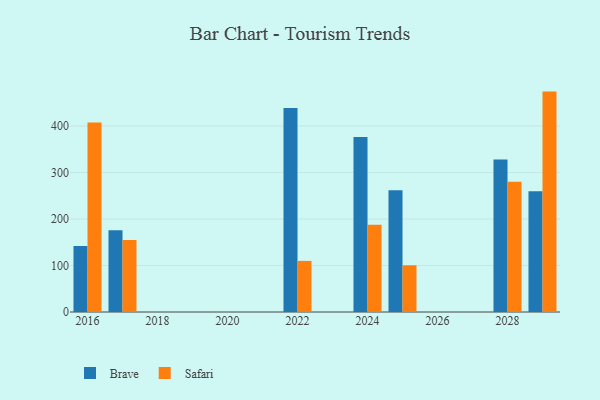
{"axis": {"x": "Year", "y": "Churn Rate (%)"}, "legend": ["Brave", "Safari"], "data": [{"x": "2025", "y": 261.6, "type": "Brave"}, {"x": "2025", "y": 100.5, "type": "Safari"}, {"x": "2017", "y": 175.9, "type": "Brave"}, {"x": "2017", "y": 154.9, "type": "Safari"}, {"x": "2024", "y": 376.3, "type": "Brave"}, {"x": "2024", "y": 187.7, "type": "Safari"}, {"x": "2028", "y": 327.9, "type": "Brave"}, {"x": "2028", "y": 280.3, "type": "Safari"}, {"x": "2016", "y": 142.1, "type": "Brave"}, {"x": "2016", "y": 407.7, "type": "Safari"}, {"x": "2029", "y": 259.5, "type": "Brave"}, {"x": "2029", "y": 474.0, "type": "Safari"}, {"x": "2022", "y": 438.7, "type": "Brave"}, {"x": "2022", "y": 109.9, "type": "Safari"}]}